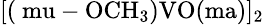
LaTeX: \mathrm{\small{[(\ mu-OCH_{3})VO(ma)]_{2}}}